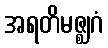
အရတိမဇ္ဈဂံ